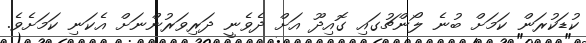
ކުޑަކުރަން ކަމަށް ބުނެ ލޯންޗުގައި ގޮއިދޫ އަށް ދެވެނީ ދަރިވަރުންނަށް އެކަނި ކަމަށެވެ.